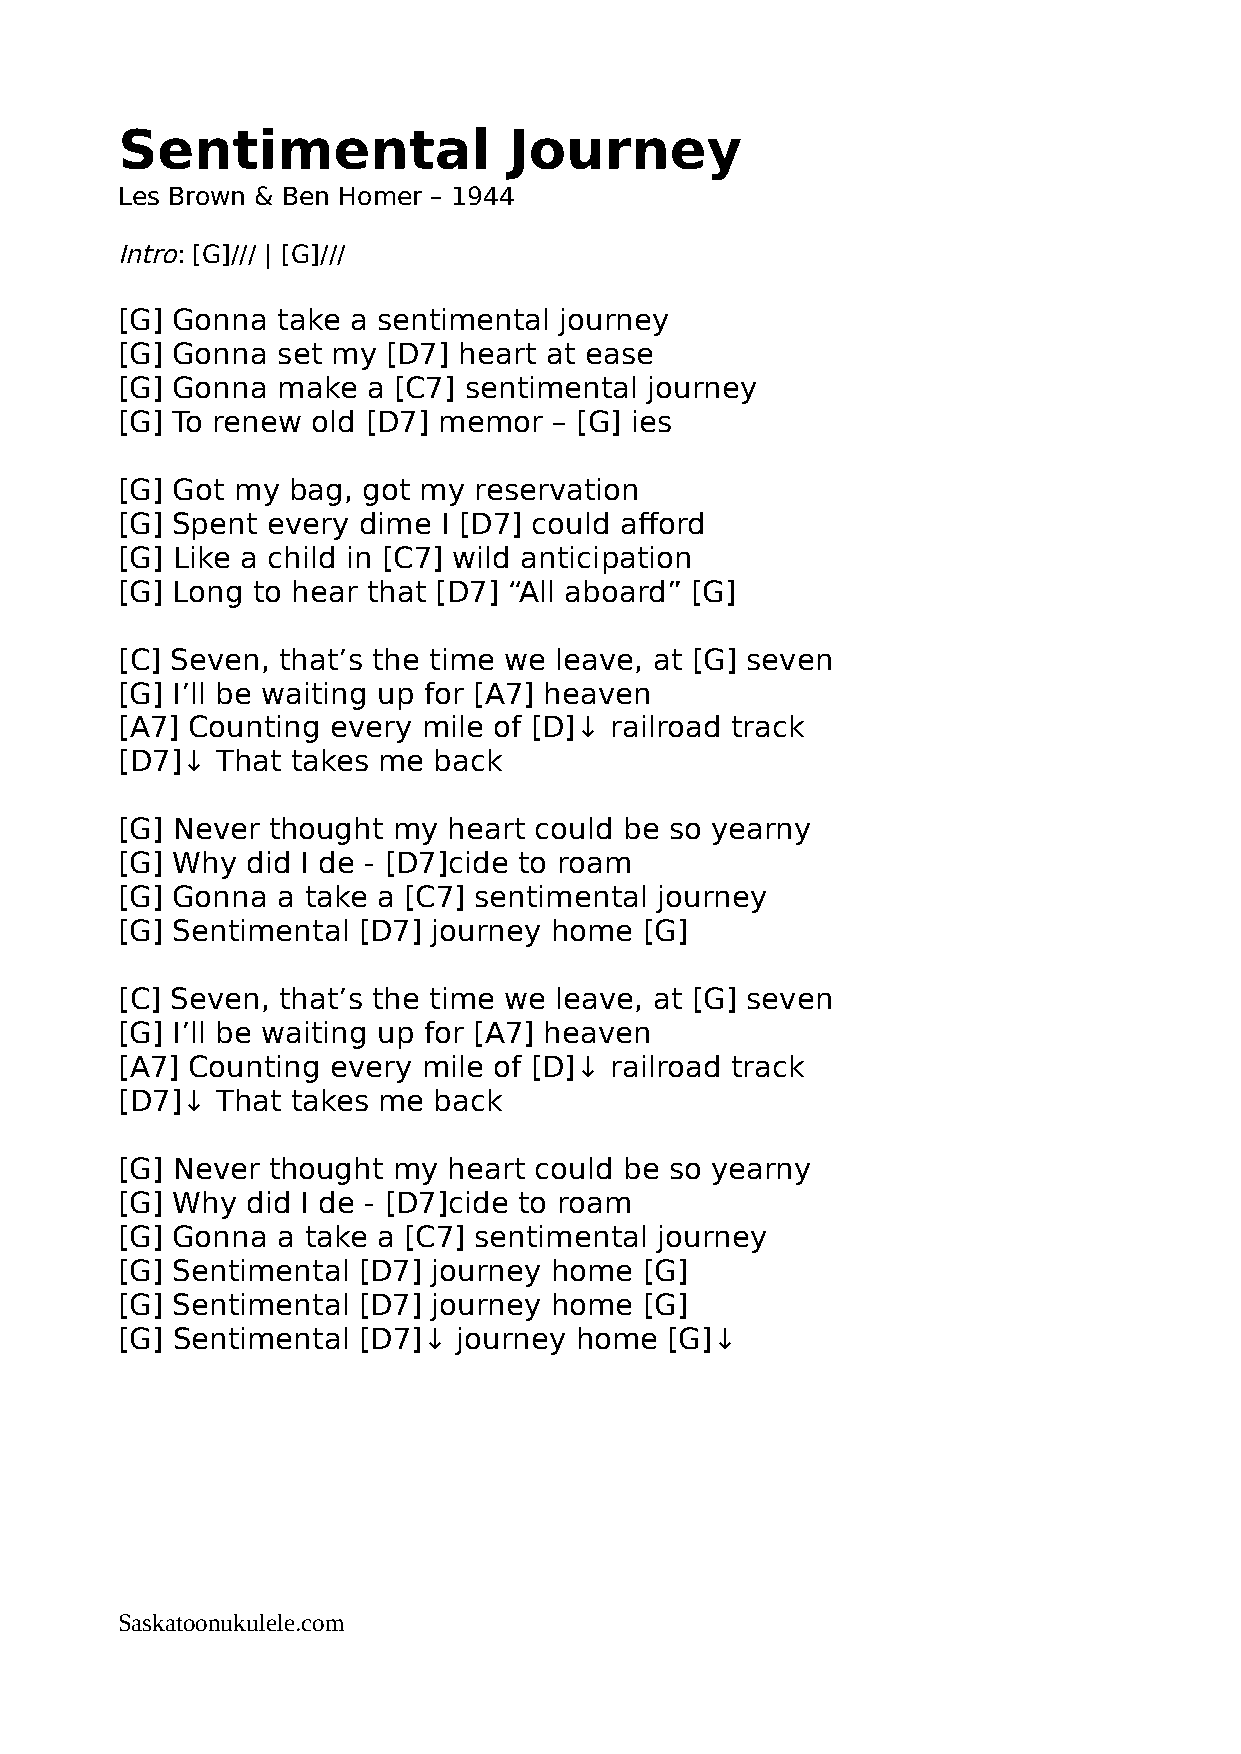
Sentimental               Journey
 Les Brown & Ben Homer – 1944
 Intro: [G]/// | [G]///
 [G] Gonna take a sentimental journey
 [G] Gonna set my  [D7] heart at ease
 [G] Gonna make  a [C7] sentimental journey
 [G] To renew old [D7] memor  – [G] ies
 [G] Got my bag, got my reservation
 [G] Spent every dime I [D7] could afford
 [G] Like a child in [C7] wild anticipation
 [G] Long to hear that [D7] “All aboard” [G]
 [C] Seven, that’s the time we leave, at [G] seven
 [G] I’ll be waiting up for [A7] heaven
 [A7] Counting every mile of [D]↓ railroad track
 [D7]↓ That takes me  back
 [G] Never thought my  heart could be so yearny
 [G] Why did I de - [D7]cide to roam
 [G] Gonna a take a [C7] sentimental journey
 [G] Sentimental [D7] journey home  [G]
 [C] Seven, that’s the time we leave, at [G] seven
 [G] I’ll be waiting up for [A7] heaven
 [A7] Counting every mile of [D]↓ railroad track
 [D7]↓ That takes me  back
 [G] Never thought my  heart could be so yearny
 [G] Why did I de - [D7]cide to roam
 [G] Gonna a take a [C7] sentimental journey
 [G] Sentimental [D7] journey home  [G]
 [G] Sentimental [D7] journey home  [G]
 [G] Sentimental [D7]↓ journey home  [G]↓
 Saskatoonukulele.com